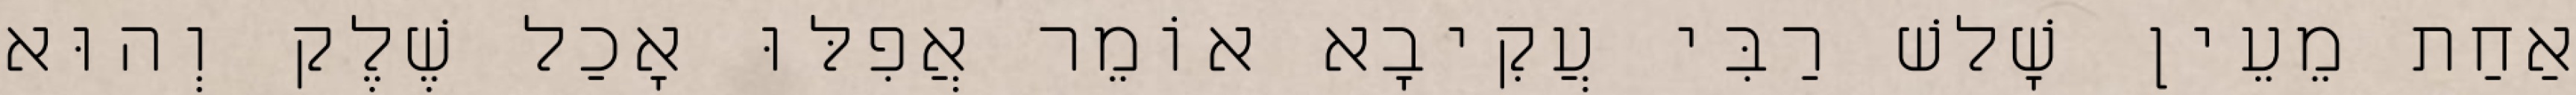
אַחַת מֵעֵין שָׁלשׁ רַבִּי עֲקִיבָא אוֹמֵר אֲפִלּוּ אָכַל שֶׁלֶק וְהוּא